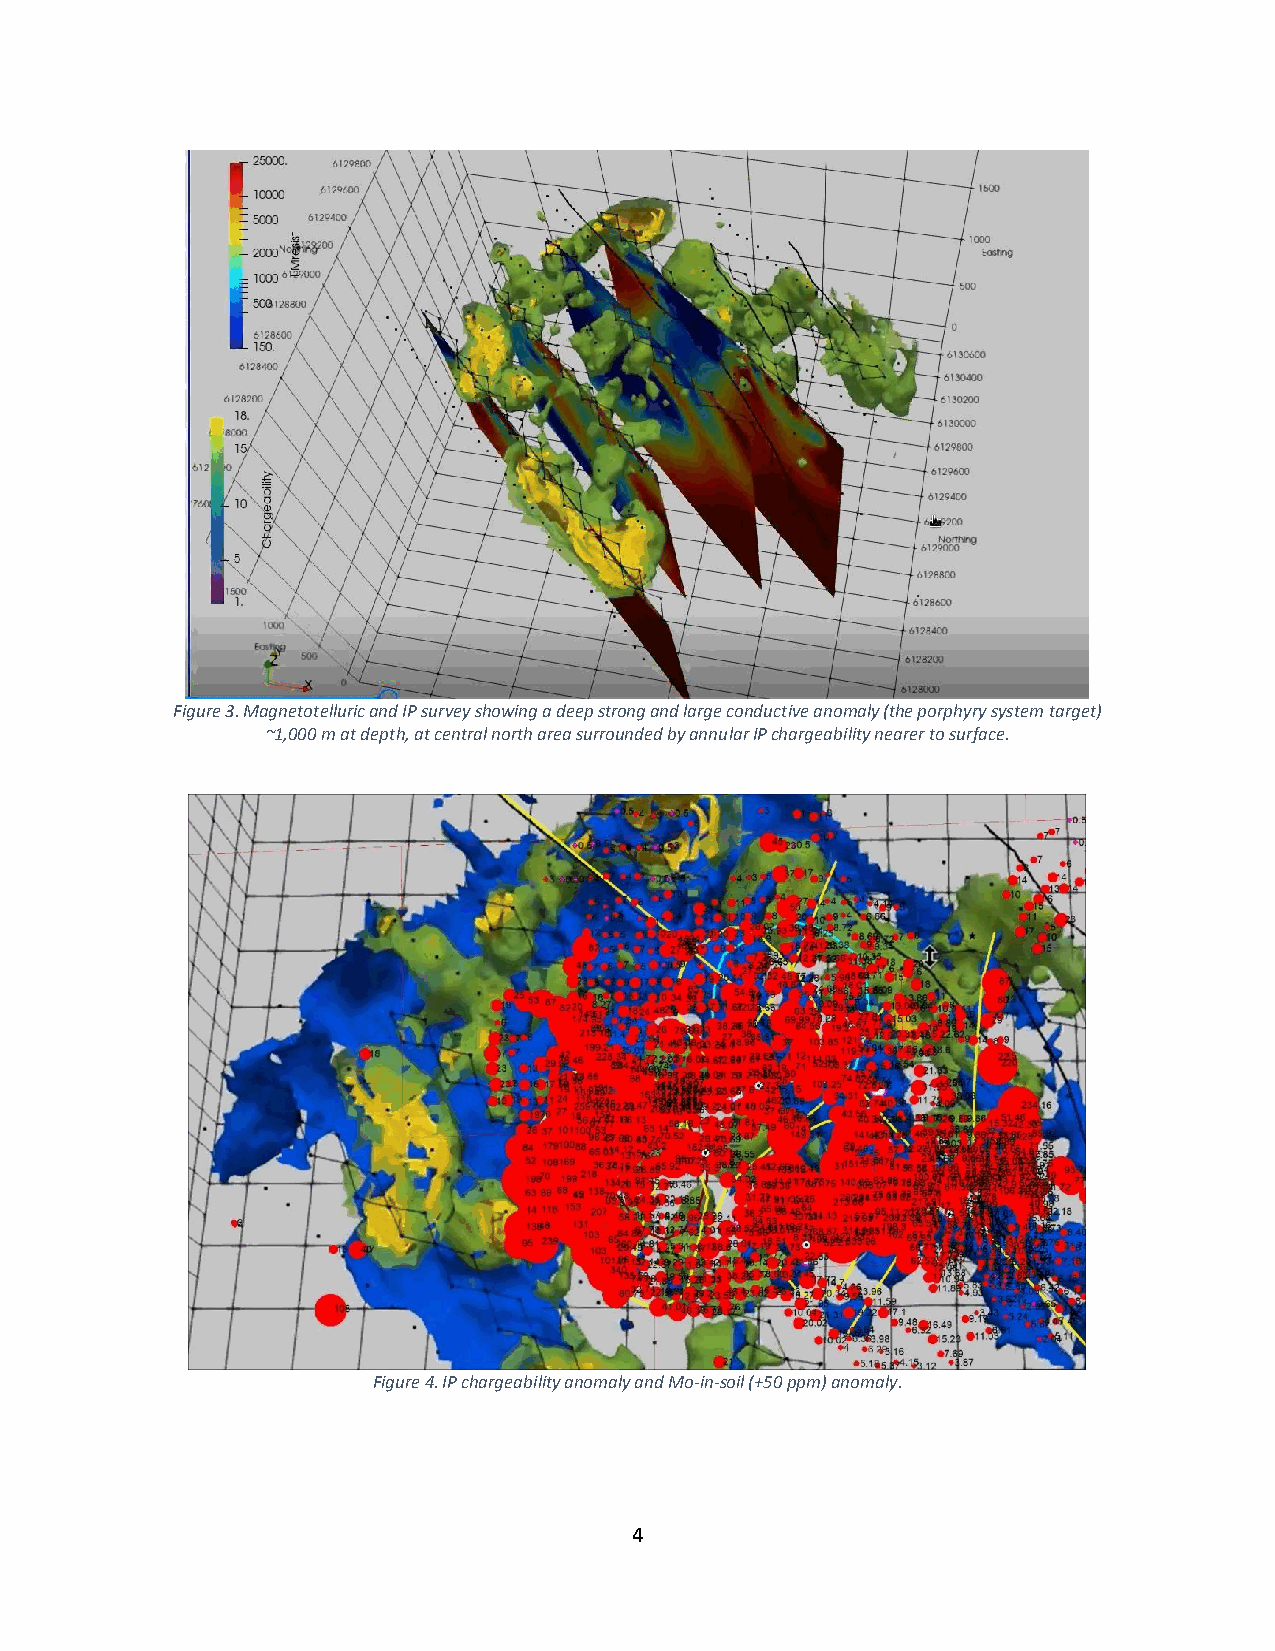
Figure 3. Magnetotelluric and IP survey showing a deep strong and large conductive anomaly (the porphyry system target)
 ~1,000 m at depth, at central north area surrounded by annular IP chargeability nearer to surface.
 Figure 4. IP chargeability anomaly and Mo-in-soil (+50 ppm) anomaly.
 4